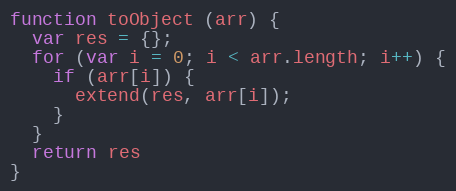
Language: JavaScript
function toObject (arr) {
  var res = {};
  for (var i = 0; i < arr.length; i++) {
    if (arr[i]) {
      extend(res, arr[i]);
    }
  }
  return res
}